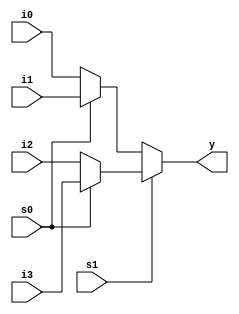
`timescale 1ns / 1ps


module mux(y, i0, i1, i2, i3, s0, s1 );
input i0, i1, i2, i3, s0, s1;
output y;
assign y= s1?(s0?i3:i2):(s0?i1:i0);
endmodule